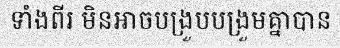
ទាំងពីរ មិនអាចបង្រួបបង្រួមគ្នាបាន